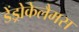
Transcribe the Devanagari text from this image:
डेंड्रोकेलैमस